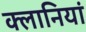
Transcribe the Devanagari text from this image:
क्लानियां